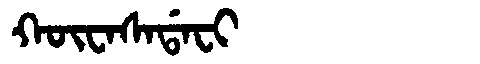
Manchu: ᡴᡡᠸᠠᠰᠠᡩᠠᠸᡳ
Romanization: KŪWASADAFI